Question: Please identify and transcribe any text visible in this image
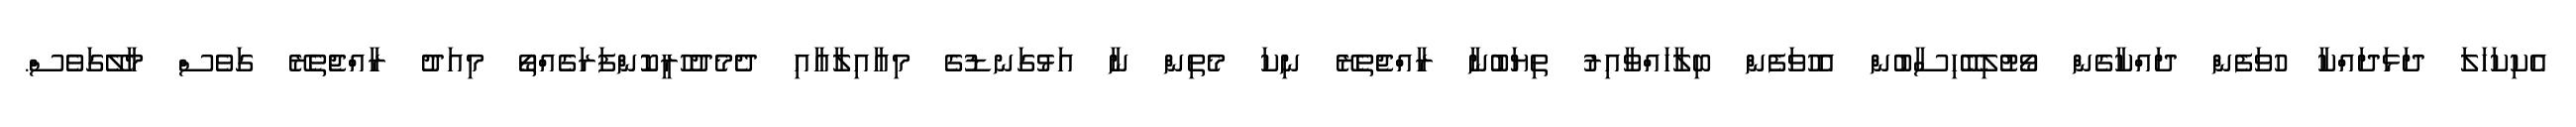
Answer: އެކިކަހަލަ ދަޅަދައްކާ ހުވަފެން ދައްކާގެން ވޯޓުލިބޭހިސާބުން އެހުވަފެން ބިލާހައްވާއިރު ތިޔަބުނާ ރާއްޖެތެރޭ ނިކަ މެތިން ނާ އަޅުގަނޑުގެ މިއާއިލާއާއި ދެމެދުހުރީކޮންފަރަގެއްތޯ މިއަދު ރާއްޖެތެރޭ ގަވެސް މާލޭގަވެސް.